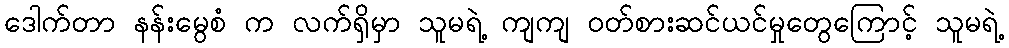
ဒေါက်တာ နန်းမွေစံ က လက်ရှိမှာ သူမရဲ့ ကျကျ ဝတ်စားဆင်ယင်မှုတွေကြောင့် သူမရဲ့